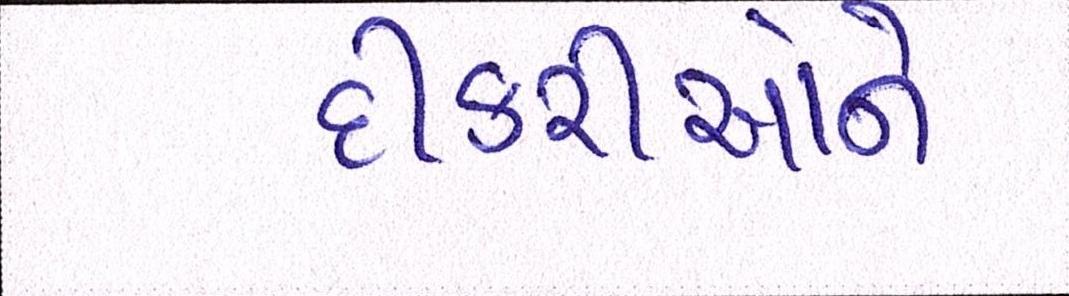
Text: દિકરીઓને